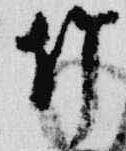
竹